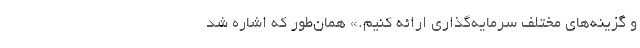
و گزینه‌های مختلف سرمایه‌گذاری ارائه کنیم.» همان‌طور که اشاره شد